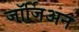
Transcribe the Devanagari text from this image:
जॉर्जिअन